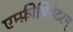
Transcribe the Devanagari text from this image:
एम्फ़ीथियेटरम्